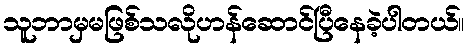
သူဘာမှမဖြစ်သလိုဟန်ဆောင်ပြီနေခဲ့ပါတယ်။